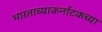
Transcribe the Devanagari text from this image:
भारताच्याकर्नाटकच्या